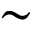
\sim